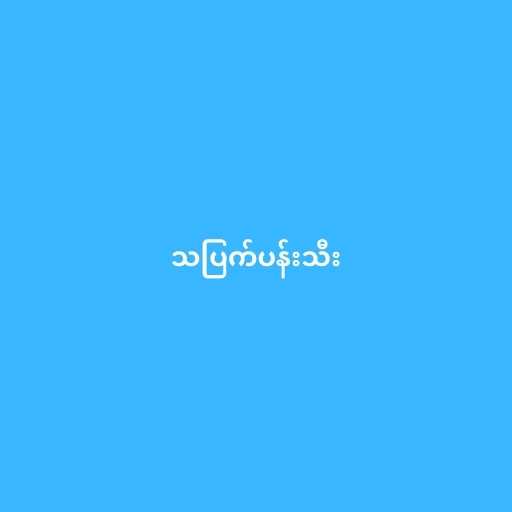
သပြက်ပန်းသီး